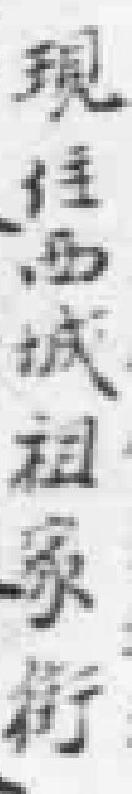
現住西城祖家街